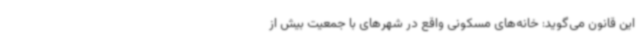
این قانون می‌گوید: خانه‌های مسکونی واقع در شهرهای با جمعیت بیش از